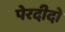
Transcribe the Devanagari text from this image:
पेरदीदो